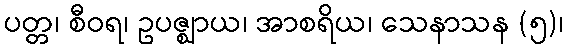
ပတ္တ၊ စီဝရ၊ ဥပဇ္ဈာယ၊ အာစရိယ၊ သေနာသန (၅)၊